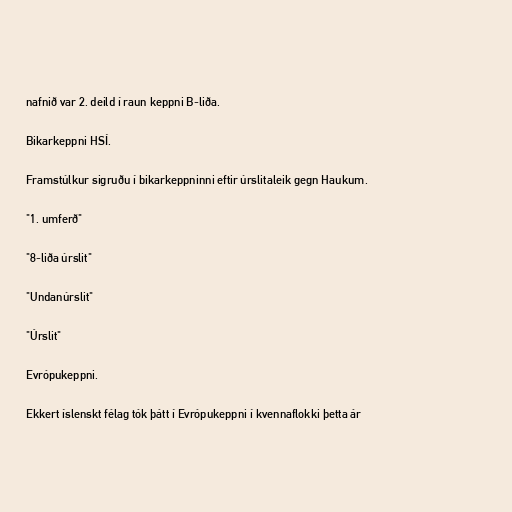
nafnið var 2. deild í raun keppni B-liða.

Bikarkeppni HSÍ.

Framstúlkur sigruðu í bikarkeppninni eftir úrslitaleik gegn Haukum.

"1. umferð"

"8-liða úrslit"

"Undanúrslit"

"Úrslit"

Evrópukeppni.

Ekkert íslenskt félag tók þátt í Evrópukeppni í kvennaflokki þetta ár